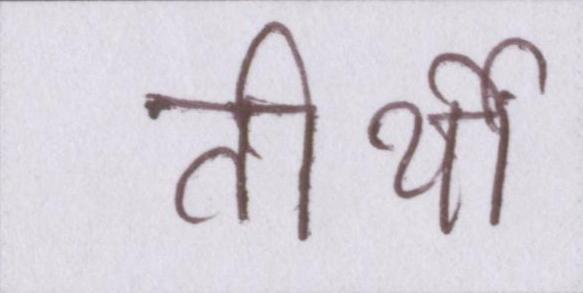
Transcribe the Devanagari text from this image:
तीर्थों